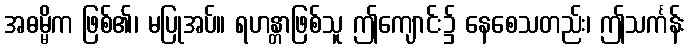
အဓမ္မိက ဖြစ်၏၊ မပြုအပ်။ ရဟန္တာဖြစ်သူ ဤကျောင်း၌ နေစေသတည်း၊ ဤသင်္ကန်း